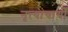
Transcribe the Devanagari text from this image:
नृत्याचार्यों